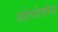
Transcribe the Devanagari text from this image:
ओपरेशंस